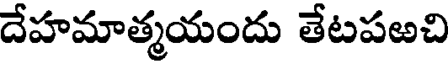
దేహమాత్మయందు తేటపఱచి